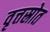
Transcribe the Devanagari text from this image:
वृत्तस्रोत